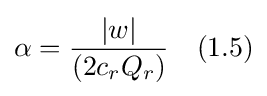
\alpha ={\frac {|w|}{(2c_{r}Q_{r})}}\quad (1.5)